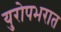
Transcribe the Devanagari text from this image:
युरोपभरात